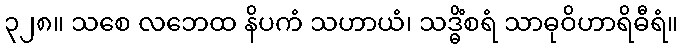
၃၂၈။ သစေ လဘေထ နိပကံ သဟာယံ၊ သဒ္ဓိံစရံ သာဓုဝိဟာရိဓီရံ။